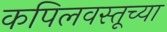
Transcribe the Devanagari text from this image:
कपिलवस्तूच्या